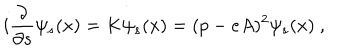
LaTeX: i \frac { \partial } { \partial s } \psi _ { s } ( x ) = K \psi _ { s } ( x ) = ( p - e A ) ^ { 2 } \psi _ { s } ( x ) \ ,